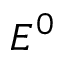
E ^ { 0 }